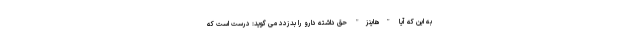
به این که آیا "هاینز" حق داشته دارو را بدزدد می گوید: درست است که